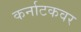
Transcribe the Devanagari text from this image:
कर्नाटकवर